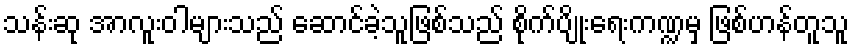
သန်းဆု အာလူးဝါများသည် ဆောင်ခဲ့သူဖြစ်သည် စိုက်ပျိုးရေးကဏ္ဍမှ ဖြစ်ဟန်တူသူ